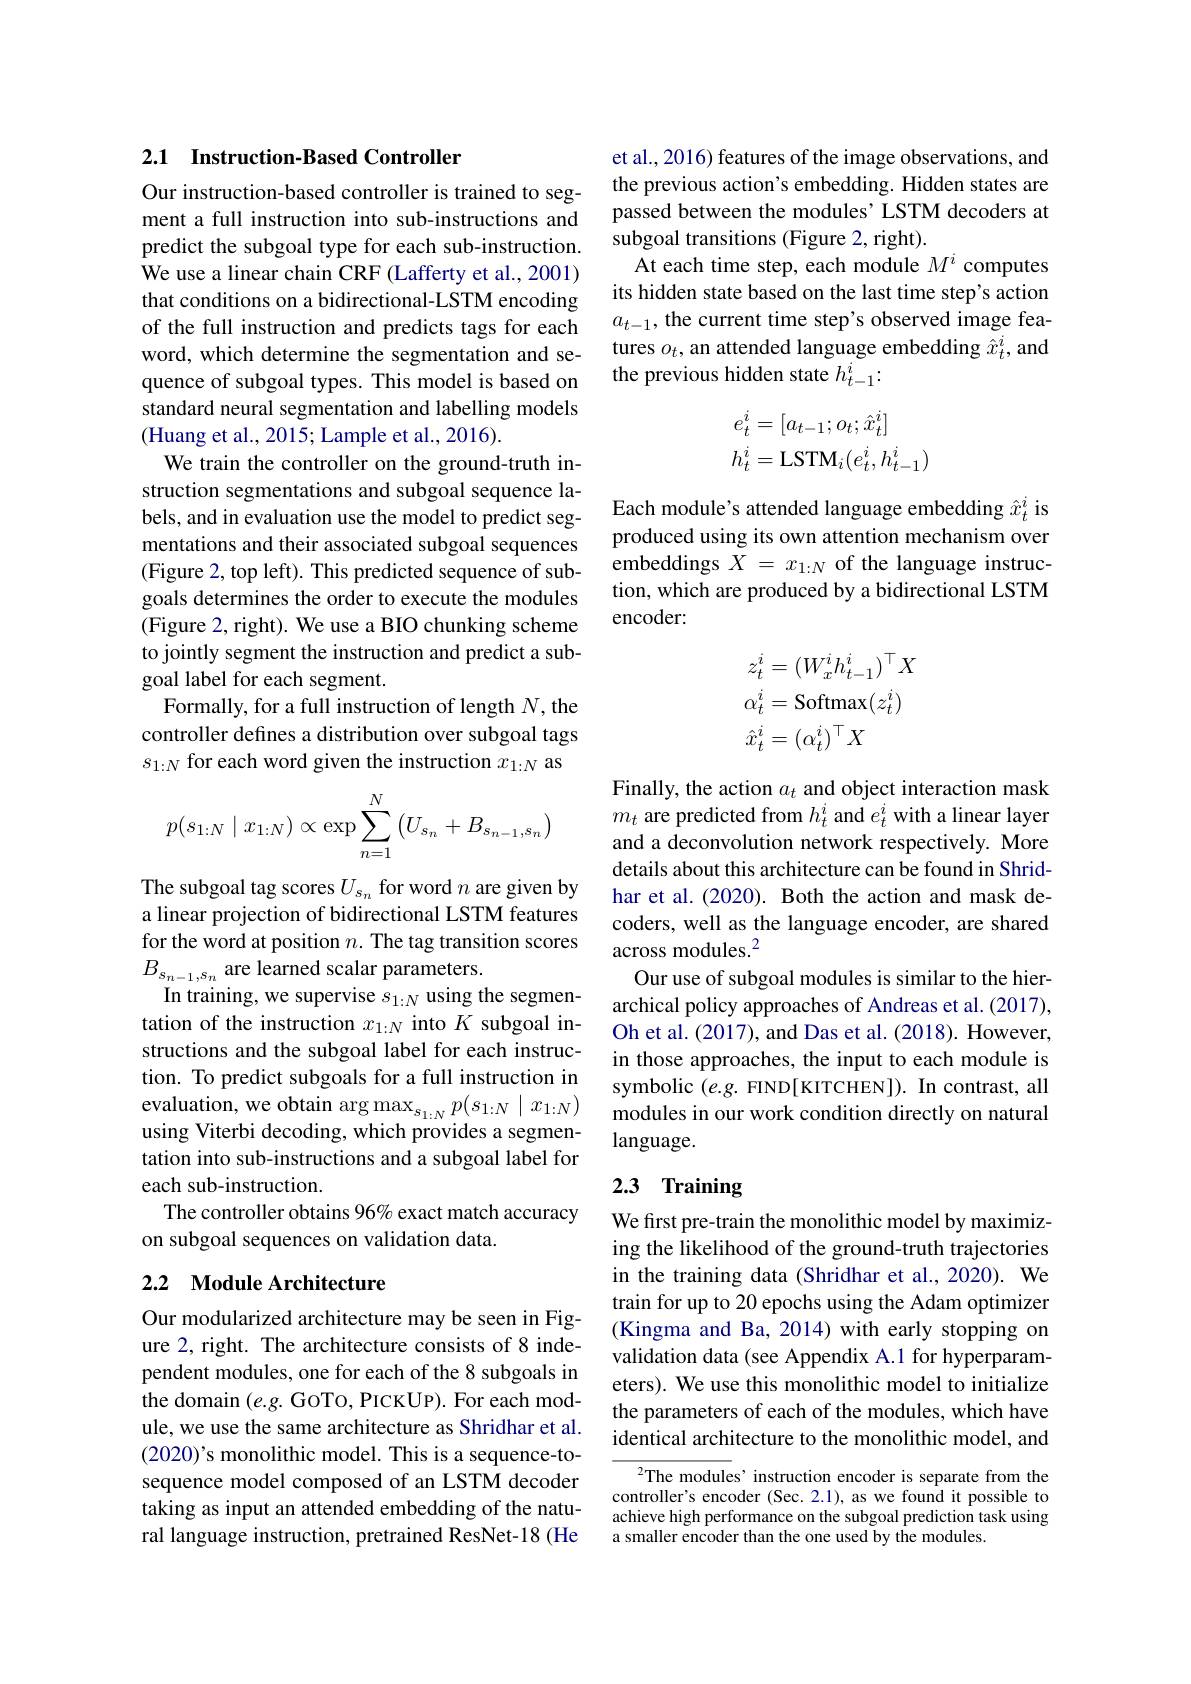
## 2.1 Instruction-Based Controller

Our instruction-based controller is trained to segment a full instruction into sub-instructions and predict the subgoal type for each sub-instruction. We use a linear chain CRF (Lafferty et al., 2001) that conditions on a bidirectional-LSTM encoding of the full instruction and predicts tags for each word, which determine the segmentation and sequence of subgoal types. This model is based on standard neural segmentation and labelling models (Huang et al., 2015; Lample et al., 2016).
We train the controller on the ground-truth instruction segmentations and subgoal sequence labels, and in evaluation use the model to predict segmentations and their associated subgoal sequences (Figure 2, top left). This predicted sequence of subgoals determines the order to execute the modules (Figure 2, right). We use a BIO chunking scheme to jointly segment the instruction and predict a subgoal label for each segment.
Formally, for a full instruction of length $N$,the controller defines a distribution over subgoal tags $s_{1:N}$ for each word given the instruction $x_1:N$ as
$$p(s_{1:N}\mid x_{1:N})\propto\exp\sum_{n=1}^{N}\left(U_{s_{n}}+B_{s_{n-1},s_{n}}\right)$$
The subgoal tag scores $U_s_n$ for word $n$ are given by a linear projection of bidirectional LSTM features for the word at position $n.$ The tag transition scores $B_{s_{n-1},s_{n}}$ are learned scalar parameters.
In training, we supervise $s_1:N$ using the segmentation of the instruction $x_{1:N}$ into $K$ subgoal instructions and the subgoal label for each instruction. To predict subgoals for a full instruction in tation into sub-instructions and a subgoal label for each sub-instruction.
The controller obtains 96% exact match accuracy
on subgoal sequences on validation data.

## 2.2 Module Architecture

Our modularized architecture may be seen in Figure 2, right. The architecture consists of 8 independent modules, one for each of the 8 subgoals in the domain (e.g. GOTo, PICKUP). For each module, we use the same architecture as Shridhar et al. (2020)'s monolithic model. This is a sequence-tosequence model composed of an LSTM decoder taking as input an attended embedding of the natural language instruction, pretrained ResNet-18 (He

et al., 2016) features of the image observations, and the previous action's embedding. Hidden states are passed between the modules' LSTM decoders at subgoal transitions (Figure 2, right).
At each time step, each module $M^i$ computes its hidden state based on the last time step's action $a_{t-1}$, the current time step's observed image features $o_t$, an attended language embedding $\hat{x}_t^i$, and the previous hidden state $h_{t-1}^i:$
$$\begin{aligned}e_t^i&=[a_{t-1};o_t;\hat{x}_t^i]\\h_t^i&=\text{LSTM}_i(e_t^i,h_{t-1}^i)\end{aligned}$$
Each module's attended language embedding $\hat{x}_t^i$ is produced using its own attention mechanism over embeddings $X=x_{1:N}$ of the language instruction, which are produced by a bidirectional LSTM encoder:
$$\begin{aligned}&z_{t}^{i}=(W_{x}^{i}h_{t-1}^{i})^{\top}X\\&\alpha_{t}^{i}=\mathrm{Softmax}(z_{t}^{i})\\&\hat{x}_{t}^{i}=(\alpha_{t}^{i})^{\top}X\end{aligned}$$
Finally, the action $a_t$ and object interaction mask $m_t$ are predicted from $h_t^i$ and $e_t^i$ with a linear layer and a deconvolution network respectively. More details about this architecture can be found in Shridhar et al.(2020). Both the action and mask decoders, well as the language encoder, are shared across modules.$^2$
Our use of subgoal modules is similar to the hierarchical policy approaches of Andreas et al. (2017), Oh et al. (2017), and Das et al. (2018). However, in those approaches, the input to each module is symbolic $(e.g.$ FIND[KITCHEN]). In contrast, all
$\text{evaluation, we obtain arg max}_{s_{1: N}}p( s_{1: N}\mid x_{1: N})$modules in our work condition directly on natural using Viterbi decoding, which provides a segmen- language.
language.

# 2.3 Training

We first pre-train the monolithic model by maximizing the likelihood of the ground-truth trajectories in the training data (Shridhar et al., 2020). We train for up to 20 epochs using the Adam optimizer (Kingma and Ba, 2014) with early stopping on validation data (see Appendix A.1 for hyperparameters). We use this monolithic model to initialize the parameters of each of the modules, which have identical architecture to the monolithic model, and

$^{2}$The modules'instruction encoder is separate from the controller's encoder (Sec.2.1), as we found it possible to achieve high performance on the subgoal prediction task using a smaller encoder than the one used by the modules.